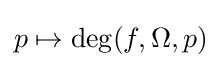
p\mapsto \deg(f,\Omega ,p)